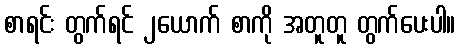
စာရင်း တွက်ရင် ၂ယောက် စာကို အတူတူ တွက်ပေးပါ။